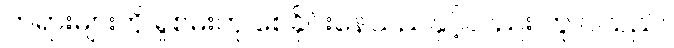
တရားများကို ရှုစမ်းဟု စေခိုင်းနေသည်နှင့်လည်း တူ ပါသည်။